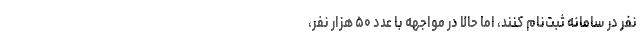
نفر در سامانه ثبت‌نام كنند، اما حالا در مواجهه با عدد ۵۰ هزار نفر،